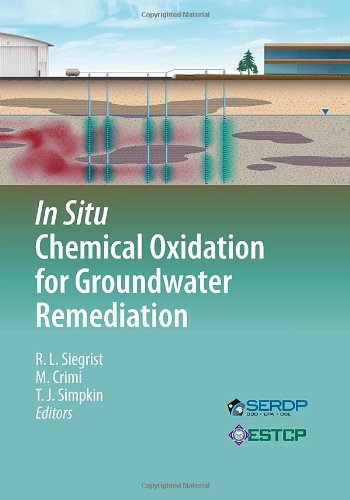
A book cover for In Situ Chemical Oxidation for Groundwater Remediation (SERDP ESTCP Environmental Remediation Technology); Science & Math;